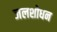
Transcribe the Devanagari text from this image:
जलशोधन